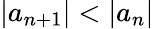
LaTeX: \left|a_{n+1}\right|<\left|a_{n}\right|